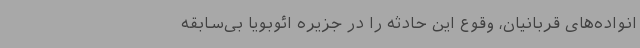
انواده‌های قربانیان، وقوع این حادثه را در جزیره ائوبویا بی‌سابقه